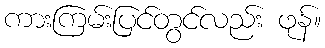
ကားကြမ်းပြင်တွင်လည်း ဖုန်။